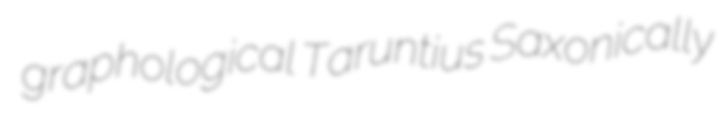
graphological Taruntius Saxonically